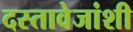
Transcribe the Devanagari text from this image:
दस्तावेजांशी